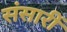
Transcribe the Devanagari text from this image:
संसारीं